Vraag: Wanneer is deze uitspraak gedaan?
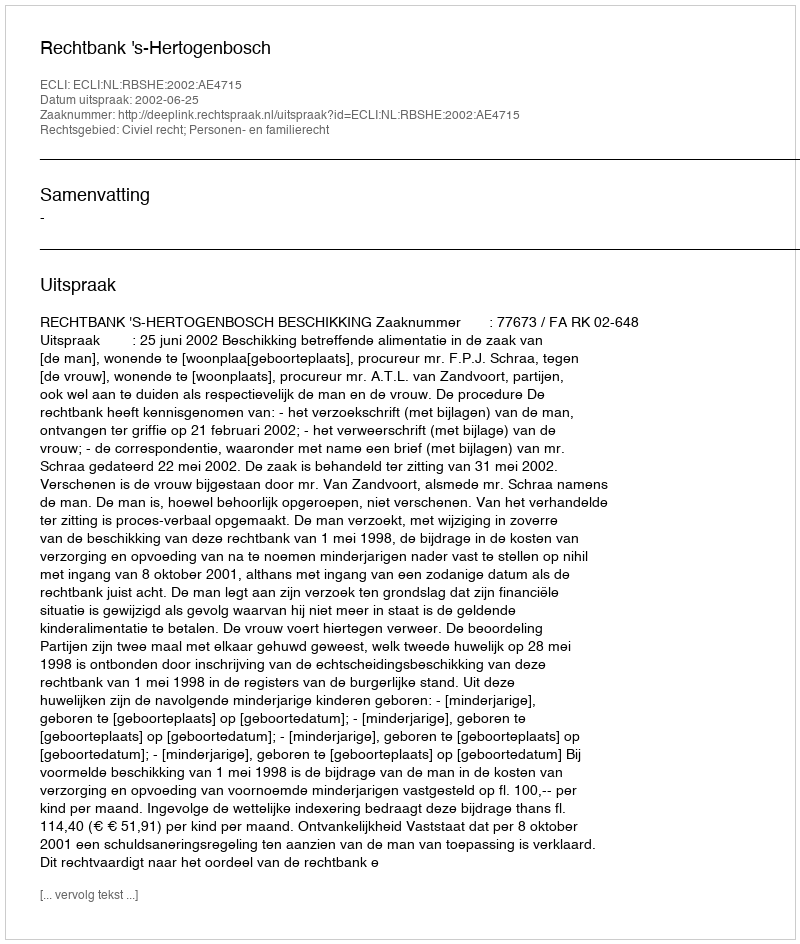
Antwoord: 2002-06-25